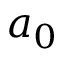
a _ { 0 }